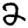
Digit: 2